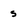
Character: s